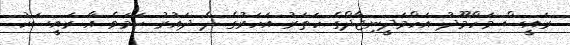
ރައީސް މަހްމޫދު އަހްމަދީނިޖާދްގެ ހަތަރު އަހަރުގެ ދެ ދައުރު ހަމަވެ އާ ރައީސަކު